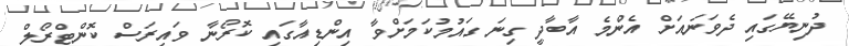
ދުނިޔޭގައި ދެވަނައަށް އެންމެ އާބާދީ ގިނަ ގައުމުކަމަށްވާ އިންޑިއާގައި ކޮރޯނާ ވައިރަސް ކޮންޓްރޯލް